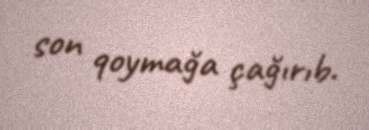
son qoymağa çağırıb.